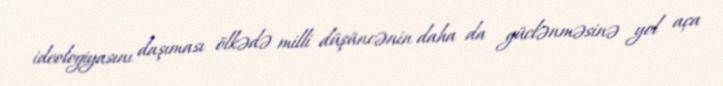
ideologiyasını daşıması ölkədə milli düşüncənin daha da güclənməsinə yol aça